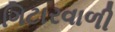
ગિટારવાળી